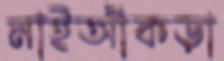
নাইআঁকড়া